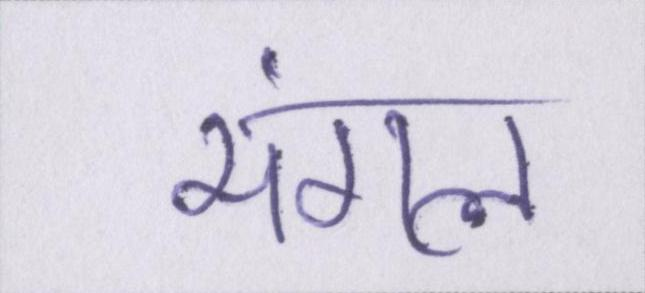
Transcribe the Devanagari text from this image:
मंगल